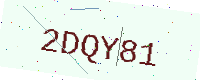
Text: 2DQY81